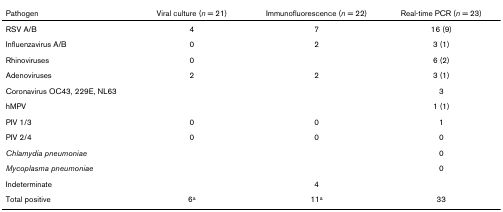
<table><thead><tr><td><b>Pathogen</b></td><td><b>Viral culture (<i>n </i>= 21)</b></td><td><b>Immunofluorescence (<i>n </i>= 22)</b></td><td><b>Real-time PCR (<i>n </i>= 23)</b></td></tr></thead><tbody><tr><td>RSV A/B</td><td>4</td><td>7</td><td>16 (9)</td></tr><tr><td>Influenzavirus A/B</td><td>0</td><td>2</td><td>3 (1)</td></tr><tr><td>Rhinoviruses</td><td>0</td><td></td><td>6 (2)</td></tr><tr><td>Adenoviruses</td><td>2</td><td>2</td><td>3 (1)</td></tr><tr><td>Coronavirus OC43, 229E, NL63</td><td></td><td></td><td>3</td></tr><tr><td>hMPV</td><td></td><td></td><td>1 (1)</td></tr><tr><td>PIV 1/3</td><td>0</td><td>0</td><td>1</td></tr><tr><td>PIV 2/4</td><td>0</td><td>0</td><td>0</td></tr><tr><td><i>Chlamydia pneumoniae</i></td><td></td><td></td><td>0</td></tr><tr><td><i>Mycoplasma pneumoniae</i></td><td></td><td></td><td>0</td></tr><tr><td>Indeterminate</td><td></td><td>4</td><td></td></tr><tr><td>Total positive</td><td>6<sup>a</sup></td><td>11<sup>a</sup></td><td>33</td></tr></tbody></table>